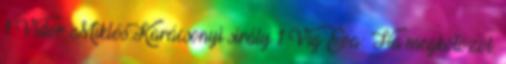
1 Vidor Miklós:Karácsonyi sirály 1 Víg Éva: Ha megkötözöl.